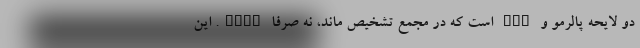
دو لایحه پالرمو و CFT است که در مجمع تشخیص ماند، نه صرفا FATF. این